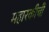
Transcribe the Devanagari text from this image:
महारकीची